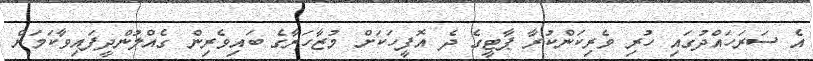
އެ ސަރަހައްދުގައި ހުރި ވެރިކަންކުރާ ޕާޓީގެ ދެ އޮފީހަކަށް މުޒާހަރާގެ ބައިވެރިން ގެއްލުންދީފައިވާކަމަށް